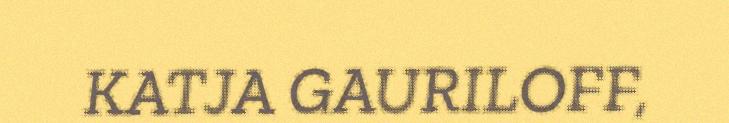
KATJA GAURILOFF,